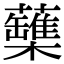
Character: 𧄡